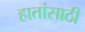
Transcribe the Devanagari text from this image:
हातांसाठी